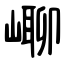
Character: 㟹